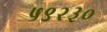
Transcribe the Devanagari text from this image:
५९२३०